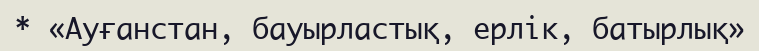
* «Ауғанстан, бауырластық, ерлік, батырлық»